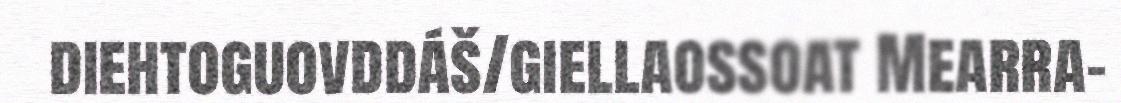
diehtoguovddáš/giellaossoat Mearra-